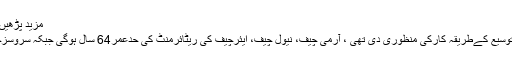
مزید پڑھیں : وفاقی کابینہ نے آرمی ایکٹ میں ترمیم کی منظوری دے دی
ذرائع کا کہنا تھا کہ تینوں سروسزچیف کی مدت ملازمت میں توسیع کےطریقہ کارکی منظوری دی تھی ، آرمی چیف، نیول چیف، ایئرچیف کی ریٹائرمنٹ کی حدعمر64 سال ہوگی جبکہ سروسزچیف کی مدت ملازمت میں 3سال کی توسیع کی تجویزدی گئی۔